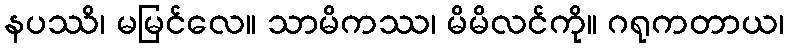
နပဿိ၊ မမြင်လေ။ သာမိကဿ၊ မိမိလင်ကို။ ဂရုကတာယ၊